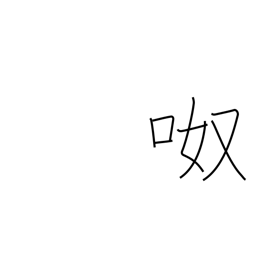
Meaning: noisy